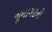
જૂનાગઢની